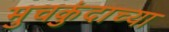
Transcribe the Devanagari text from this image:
मुचकुंदाच्या